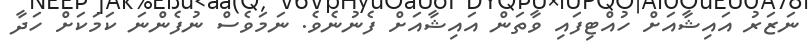
ނަޒަރު އައިޝާއަށް ހުއްޓިފައި ވާތަން އައިޝާއަށް ފެނުނެވެ. ނަމަވެސް ނުފެންނަ ކަމަކަށް ހަދާ